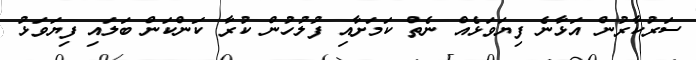
ސަރުކާރުން އަޅާނެ ފިޔަވަޅެއް ނެތް ކަމަށާއި ފުލުހުން ކުރާ ކަންކަން ބަލައި ފިޔަވަޅު